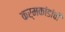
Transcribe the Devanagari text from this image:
कर्मकांडांची